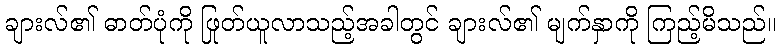
ချားလ်၏ ဓာတ်ပုံကို ဖြုတ်ယူလာသည့်အခါတွင် ချားလ်၏ မျက်နှာကို ကြည့်မိသည်။